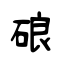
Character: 硠